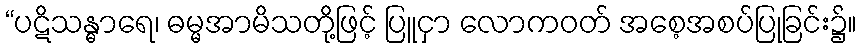
“ပဋိသန္ဓာရေ၊ ဓမ္မအာမိသတို့ဖြင့် ပြူငှာ လောကဝတ် အစေ့အစပ်ပြုခြင်း၌။